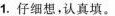
1.仔细想，认真填。